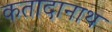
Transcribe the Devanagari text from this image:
कतादानाथ